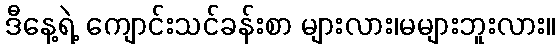
ဒီနေ့ရဲ့ ကျောင်းသင်ခန်းစာ များလား၊မများဘူးလား။